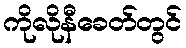
ကိုလိုနီခေတ်တွင်